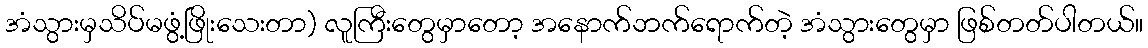
အံသွားမှသိပ်မဖွံ့ဖြိုးသေးတာ) လူကြီးတွေမှာတော့ အနောက်ဘက်ရောက်တဲ့ အံသွားတွေမှာ ဖြစ်တတ်ပါတယ်။